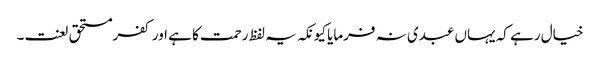
خیال رہے کہ یہاں عبدی نہ فرمایا کیونکہ یہ لفظ رحمت کا ہے اور کفرمستحق لعنت۔